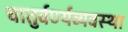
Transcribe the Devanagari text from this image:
चातुर्वर्ण्यव्यवस्था